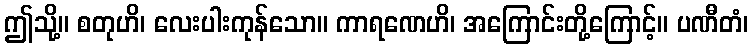
ဤသို့။ စတုဟိ၊ လေးပါးကုန်သော။ ကာရဏေဟိ၊ အကြောင်းတို့ကြောင့်။ ပဏီတံ၊